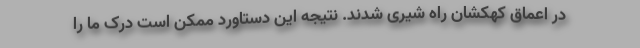
در اعماق کهکشان راه شیری شدند. نتیجه این دستاورد ممکن است درک ما را